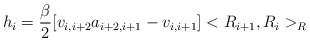
\begin{align*}h_i = \frac{\beta }{2}[v_{i,i+2}a_{i+2,i+1}-v_{i,i+1}]<R_{i+1},R_i>_R\end{align*}